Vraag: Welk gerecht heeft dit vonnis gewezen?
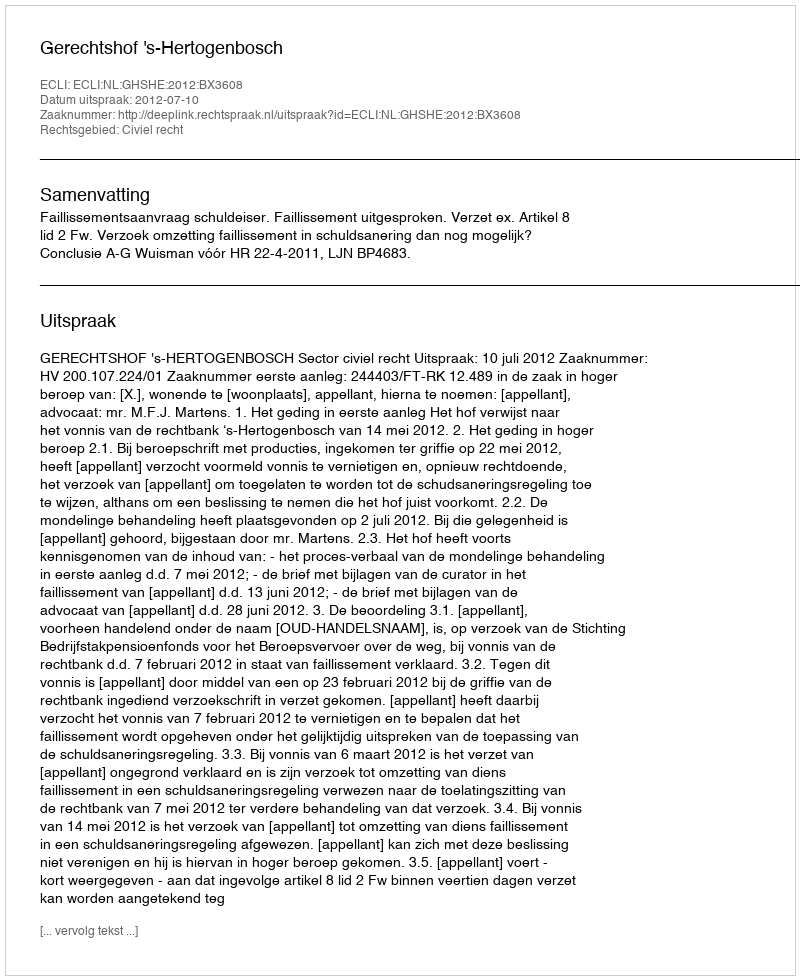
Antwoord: Gerechtshof 's-Hertogenbosch